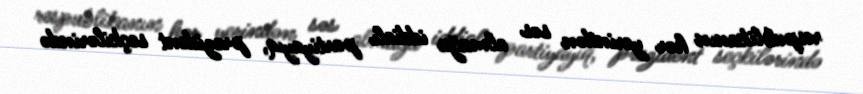
respublikanın hər yerindən səs almağa iddialı partiyayıq, prezident seçkilərində